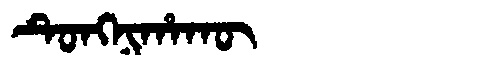
Manchu: ᡨᡠᠩᠨᡳᡥᠠᡴᡡ
Romanization: TUNGNIHAKŪ